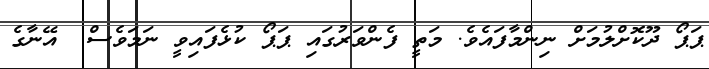
ޕަޕޯ ދޫކޮށްލުމަށް ނިންމާފައެވެ. މަތީ ފެންވަރުގައި ޕަޕޯ ކުޅެފައިވީ ނަމަވެސް  އޭނާގެ